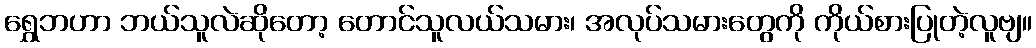
ရွှေဘဟာ ဘယ်သူလဲဆိုတော့ တောင်သူလယ်သမား၊ အလုပ်သမားတွေကို ကိုယ်စားပြုတဲ့လူဗျ။